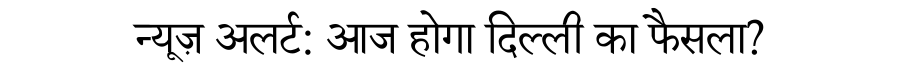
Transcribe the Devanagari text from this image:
न्यूज़ अलर्ट: आज होगा दिल्ली का फैसला?